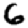
Digit: 6